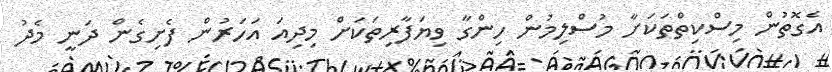
އެގޮތުން މިސްކިތްތަކަށާ މުސްލިމުން ހިންގާ ވިޔަފާރިތަކަށް މިދިއަ އަހަރުން ފެށިގެން ދަނީ މެދު